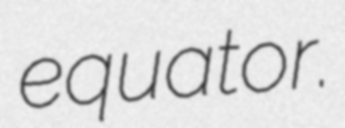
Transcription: equator.